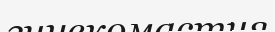
гинекомастия